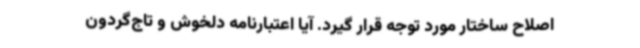
اصلاح ساختار مورد توجه قرار گیرد. آیا اعتبارنامه دلخوش و تاج‌گردون